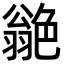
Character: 𦫫